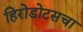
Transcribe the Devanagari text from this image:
हिरोडोटसचा